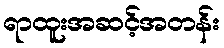
ရာထူးအဆင့်အတန်း